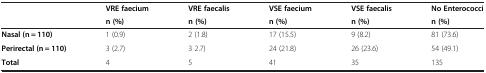
<table><thead><tr><td><b> </b></td><td><b>VRE faecium</b></td><td><b>VRE faecalis</b></td><td><b>VSE faecium</b></td><td><b>VSE faecalis</b></td><td><b>No Enterococci</b></td></tr><tr><td><b> </b></td><td><b>n (%)</b></td><td><b>n (%)</b></td><td><b>n (%)</b></td><td><b>n (%)</b></td><td><b>n (%)</b></td></tr></thead><tbody><tr><td><b>Nasal (n = 110)</b></td><td>1 (0.9)</td><td>2 (1.8)</td><td>17 (15.5)</td><td>9 (8.2)</td><td>81 (73.6)</td></tr><tr><td><b>Perirectal (n = 110)</b></td><td>3 (2.7)</td><td>3 2.7)</td><td>24 (21.8)</td><td>26 (23.6)</td><td>54 (49.1)</td></tr><tr><td><b>Total</b></td><td>4</td><td>5</td><td>41</td><td>35</td><td>135</td></tr></tbody></table>